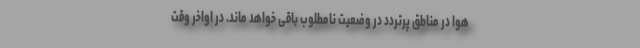
هوا در مناطق پرتردد در وضعیت نامطلوب باقی خواهد ماند. در اواخر وقت